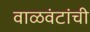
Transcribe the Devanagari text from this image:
वाळवंटांची